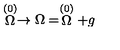
\stackrel { ( 0 ) } { \Omega } \rightarrow \Omega = \stackrel { ( 0 ) } { \Omega } + g